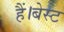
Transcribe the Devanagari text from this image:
हैं।बेस्ट